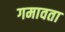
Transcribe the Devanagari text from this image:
गमावता